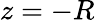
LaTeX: z=-R